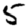
Digit: 5